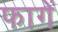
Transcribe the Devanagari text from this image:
फागें